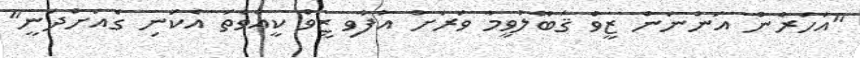
"އަހަރެން އަންނަން ޒީވް ޤަބޫލުވީމާ ވަރަށް އުފާވި ޒީވް ކީއްވެތަ އެކަނި ގެއަށްދަނީ"